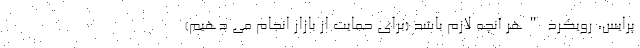
پرایس، رویکرد "هر آنچه لازم باشد (برای حمایت از بازار انجام می دهیم)